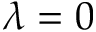
\lambda = 0